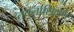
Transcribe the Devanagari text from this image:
तबलाशिक्षण